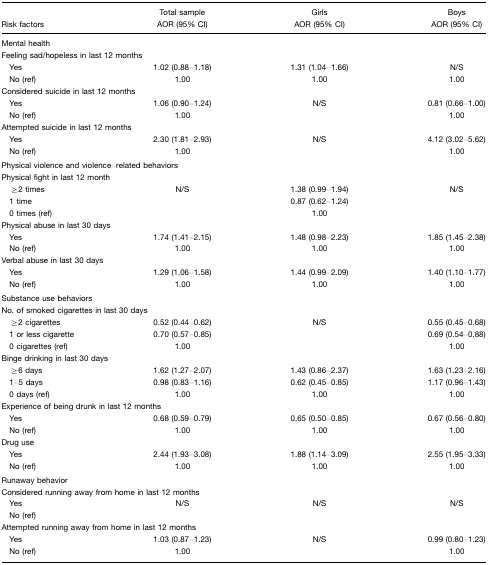
<table><thead><tr><td></td><td><b>Total sample</b></td><td><b>Girls</b></td><td><b>Boys</b></td></tr><tr><td><b>Risk factors</b></td><td><b>AOR (95% CI)</b></td><td><b>AOR (95% CI)</b></td><td><b>AOR (95% CI)</b></td></tr></thead><tbody><tr><td colspan="4">Mental health</td></tr><tr><td colspan="4">Feeling sad/hopeless in last 12 months</td></tr><tr><td> Yes</td><td>1.02 (0.88–1.18)</td><td>1.31 (1.04–1.66)</td><td>N/S</td></tr><tr><td> No (ref)</td><td>1.00</td><td>1.00</td><td>1.00</td></tr><tr><td colspan="4">Considered suicide in last 12 months</td></tr><tr><td> Yes</td><td>1.06 (0.90–1.24)</td><td>N/S</td><td>0.81 (0.66–1.00)</td></tr><tr><td> No (ref)</td><td>1.00</td><td></td><td>1.00</td></tr><tr><td colspan="4">Attempted suicide in last 12 months</td></tr><tr><td> Yes</td><td>2.30 (1.81–2.93)</td><td>N/S</td><td>4.12 (3.02–5.62)</td></tr><tr><td> No (ref)</td><td>1.00</td><td></td><td>1.00</td></tr><tr><td colspan="4">Physical violence and violence–related behaviors</td></tr><tr><td colspan="4">Physical fight in last 12 month</td></tr><tr><td> ≥2 times</td><td>N/S</td><td>1.38 (0.99–1.94)</td><td>N/S</td></tr><tr><td> 1 time</td><td></td><td>0.87 (0.62–1.24)</td><td></td></tr><tr><td> 0 times (ref)</td><td></td><td>1.00</td><td></td></tr><tr><td colspan="4">Physical abuse in last 30 days</td></tr><tr><td> Yes</td><td>1.74 (1.41–2.15)</td><td>1.48 (0.98–2.23)</td><td>1.85 (1.45–2.38)</td></tr><tr><td> No (ref)</td><td>1.00</td><td>1.00</td><td>1.00</td></tr><tr><td colspan="4">Verbal abuse in last 30 days</td></tr><tr><td> Yes</td><td>1.29 (1.06–1.58)</td><td>1.44 (0.99–2.09)</td><td>1.40 (1.10–1.77)</td></tr><tr><td> No (ref)</td><td>1.00</td><td>1.00</td><td>1.00</td></tr><tr><td colspan="4">Substance use behaviors</td></tr><tr><td colspan="4">No. of smoked cigarettes in last 30 days</td></tr><tr><td> ≥2 cigarettes</td><td>0.52 (0.44–0.62)</td><td>N/S</td><td>0.55 (0.45–0.68)</td></tr><tr><td> 1 or less cigarette</td><td>0.70 (0.57–0.85)</td><td></td><td>0.69 (0.54–0.88)</td></tr><tr><td> 0 cigarettes (ref)</td><td>1.00</td><td></td><td>1.00</td></tr><tr><td colspan="4">Binge drinking in last 30 days</td></tr><tr><td> ≥6 days</td><td>1.62 (1.27–2.07)</td><td>1.43 (0.86–2.37)</td><td>1.63 (1.23–2.16)</td></tr><tr><td> 1–5 days</td><td>0.98 (0.83–1.16)</td><td>0.62 (0.45–0.85)</td><td>1.17 (0.96–1.43)</td></tr><tr><td> 0 days (ref)</td><td>1.00</td><td>1.00</td><td>1.00</td></tr><tr><td colspan="4">Experience of being drunk in last 12 months</td></tr><tr><td> Yes</td><td>0.68 (0.59–0.79)</td><td>0.65 (0.50–0.85)</td><td>0.67 (0.56–0.80)</td></tr><tr><td> No (ref)</td><td>1.00</td><td>1.00</td><td>1.00</td></tr><tr><td colspan="4">Drug use</td></tr><tr><td> Yes</td><td>2.44 (1.93–3.08)</td><td>1.88 (1.14–3.09)</td><td>2.55 (1.95–3.33)</td></tr><tr><td> No (ref)</td><td>1.00</td><td>1.00</td><td>1.00</td></tr><tr><td colspan="4">Runaway behavior</td></tr><tr><td colspan="4">Considered running away from home in last 12 months</td></tr><tr><td> Yes</td><td>N/S</td><td>N/S</td><td>N/S</td></tr><tr><td> No (ref)</td><td></td><td></td><td></td></tr><tr><td colspan="4">Attempted running away from home in last 12 months</td></tr><tr><td> Yes</td><td>1.03 (0.87–1.23)</td><td>N/S</td><td>0.99 (0.80–1.23)</td></tr><tr><td> No (ref)</td><td>1.00</td><td></td><td>1.00</td></tr></tbody></table>